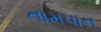
તામપાન